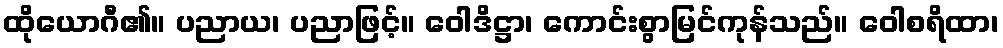
ထိုယောဂီ၏။ ပညာယ၊ ပညာဖြင့်။ ဝေါဒိဋ္ဌာ၊ ကောင်းစွာမြင်ကုန်သည်။ ဝေါစရိထာ၊